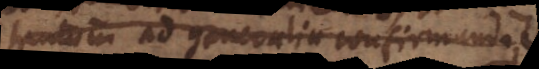
tantum ad generalia confirmanda.